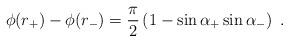
LaTeX: \begin{align*}\phi(r_+) - \phi(r_-) = \frac{\pi}{2}\left( 1 - \sin\alpha_+ \sin\alpha_- \right)\;.\end{align*}